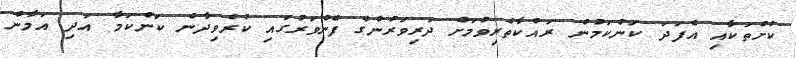
ކުށްތަކާއި އެފަދަ ކަންކަމުން ރައްކާތެރިވުމަށް ދަރިވަރުންގެ ފެންވަރުގައި ކުރެވިދާނެ ކަންކަމާ އަދި އަމާން